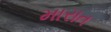
મારાત